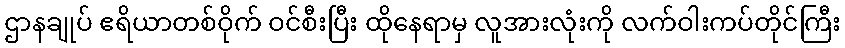
ဌာနချုပ် ဧရိယာတစ်ဝိုက် ဝင်စီးပြီး ထိုနေရာမှ လူအားလုံးကို လက်ဝါးကပ်တိုင်ကြီး